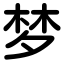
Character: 梦